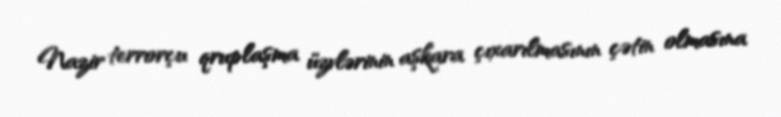
Nazir terrorçu qruplaşma üzvlərinin aşkara çıxarılmasının çətin olmasına